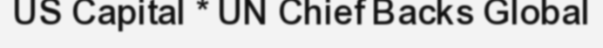
US Capital * UN Chief Backs Global